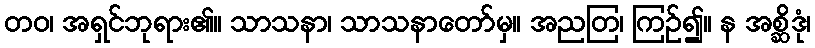
တဝ၊ အရှင်ဘုရား၏။ သာသနာ၊ သာသနာတော်မှ။ အညတြ၊ ကြဉ်၍။ န အစ္ဆိဒုံ၊